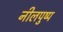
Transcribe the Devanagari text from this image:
नीलपुष्प